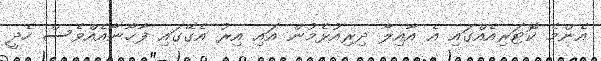
އެންމެ ކޮޓަރިއެއްގައި އެ އާއިލާ ދިރިއުޅެމުން އައި އިރު އެގޭގައި ފާޚާނާއެއްވެސް ހެދީ